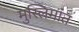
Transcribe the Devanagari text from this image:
मुस्लिमांत